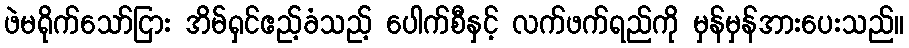
ဖဲမရိုက်သော်ငြား အိမ်ရှင်ဧည့်ခံသည့် ပေါက်စီနှင့် လက်ဖက်ရည်ကို မှန်မှန်အားပေးသည်။